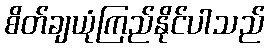
စိတ်ချယုံကြည်နိုင်ပါသည်